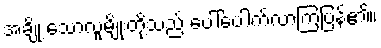
အချို့ သောလူမျိုးတို့သည် ပေါ်ပေါက်လာကြပြန်၏။